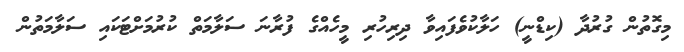
މިގޮތުން ގުރުދާ (ކިޑްނީ) ހަލާކުވެފައިވާ ދިރިހުރި މީހެއްގެ ފުރާނަ ސަލާމަތް ކުރުމަށްޓަކައި ސަލާމަތުން